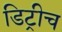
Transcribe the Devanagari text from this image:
डिट्रीच